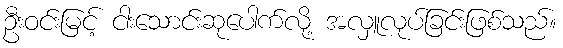
ဦးဝင်းမြင့် ငါးသောင်းဆုပေါက်လို့ အလှူလုပ်ခြင်းဖြစ်သည်။